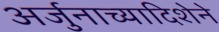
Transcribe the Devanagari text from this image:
अर्जुनाच्यादिशेने